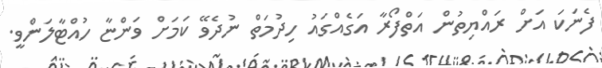
ފެނަކަ އަށް ރައްޔިތުން އަތްފޯރާ އަގެއްގައު ހިދުމަތް ނުދެވޭ ކަމަށް ވަންޏާ ހުއްޓާލަންވީ.